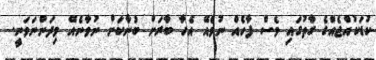
ކުޑަކުއްޖެއްގެ ގާތުގައި ވެސް ފާހެއް ނުވެއޭ އެހާ ބާރަށް ބުނާކަށް ނުވާނެއޭ މިދަންނަވަނީ.